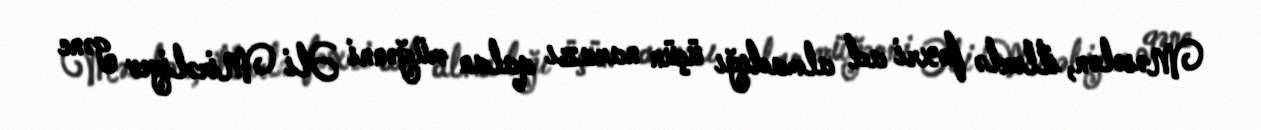
Məsələn, illərlə fəxri ad almadığı üçün narazı qalan müğənni Əli Mirəliyev gənc